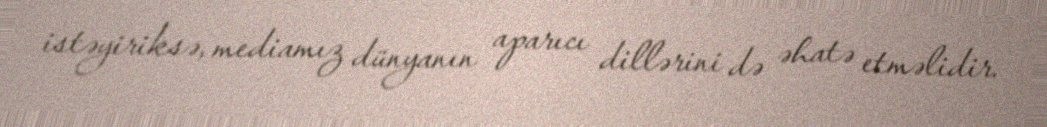
istəyiriksə, mediamız dünyanın aparıcı dillərini də əhatə etməlidir.